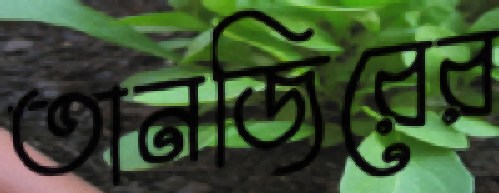
তানজিরের